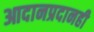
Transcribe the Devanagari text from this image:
आदानप्रदानही